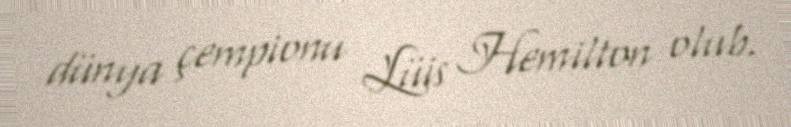
dünya çempionu Lüis Hemilton olub.